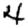
Digit: 4